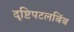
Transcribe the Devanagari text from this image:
दृष्टिपटलबिंब